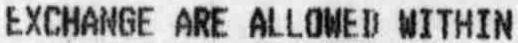
EXCHANGE ARE ALLOWED WITHIN